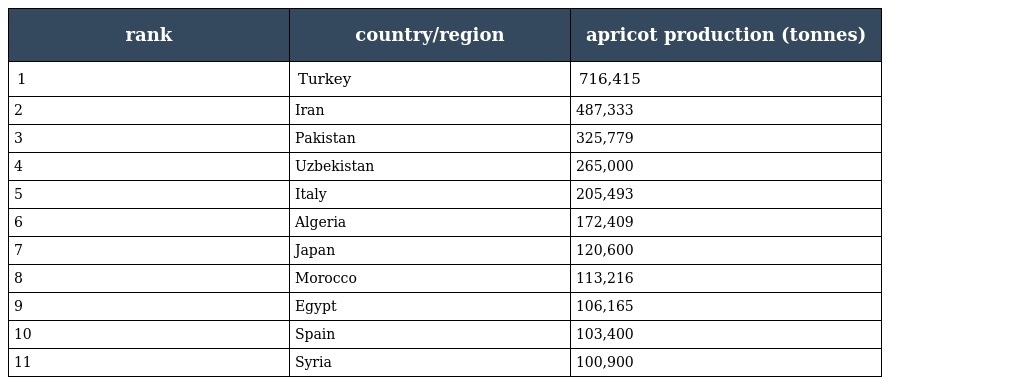
| rank | country/region | apricot production (tonnes) |
 | --- | --- | --- |
 | 1 | Turkey | 716,415 |
 | 2 | Iran | 487,333 |
 | 3 | Pakistan | 325,779 |
 | 4 | Uzbekistan | 265,000 |
 | 5 | Italy | 205,493 |
 | 6 | Algeria | 172,409 |
 | 7 | Japan | 120,600 |
 | 8 | Morocco | 113,216 |
 | 9 | Egypt | 106,165 |
 | 10 | Spain | 103,400 |
 | 11 | Syria | 100,900 |